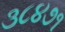
૩૮૪૭૧